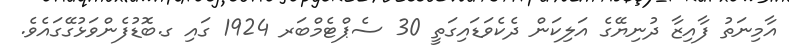
އާމިނަތު ފާއިޒާ ދުނިޔޭގެ އަލިކަން ދެކެވަޑައިގަތީ 30 ސެޕްޓެމްބަރ 1924 ގައި ގ.ބޮޑުފެންވަޅުގޭގައެވެ.